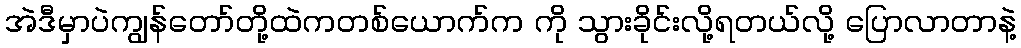
အဲဒီမှာပဲကျွန်တော်တို့ထဲကတစ်ယောက်က ကို သွားခိုင်းလို့ရတယ်လို့ ပြောလာတာနဲ့